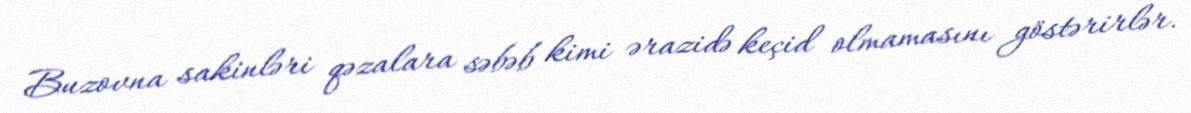
Buzovna sakinləri qəzalara səbəb kimi ərazidə keçid olmamasını göstərirlər.